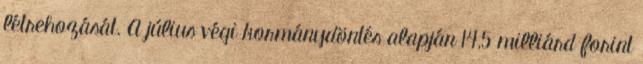
létrehozását. A július végi kormánydöntés alapján 14,5 milliárd forint